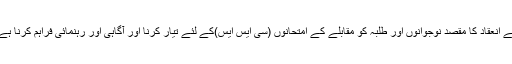
چیئر شعبہ پبلک ایڈمنسٹریشن پروفیسر ڈاکٹر شبیب الحسن نے کہا کہ ایسے لیکچر کے انعقاد کا مقصد نوجوانوں اور طلبہ کو مقابلے کے امتحانوں (سی ایس ایس)کے لئے تیار کرنا اور آگاہی اور رہنمائی فراہم کرنا ہے تاکہ ہمارے طلبہ اعلیٰ حکومتی عہدوں پر فائز ہوکر قومی وملکی خدمت کرسکیں ۔